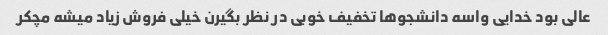
عالی بود خدایی واسه دانشجو‌ها تخفیف خوبی در نظر بگیرن خیلی فروش زیاد میشه مچکر